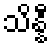
သိန္နီ